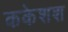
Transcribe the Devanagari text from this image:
ककेशश